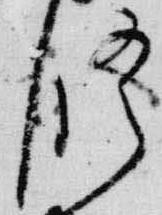
修